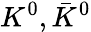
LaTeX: K^{0},\bar{K}^{0}